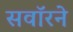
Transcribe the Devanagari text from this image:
सवॉरने